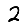
Digit: 2